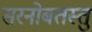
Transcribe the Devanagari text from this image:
सरनोबतस्तु